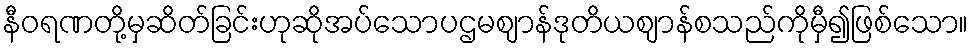
နီဝရဏတို့မှဆိတ်ခြင်းဟုဆိုအပ်သောပဌမဈာန်ဒုတိယဈာန်စသည်ကိုမှီ၍ဖြစ်သော။